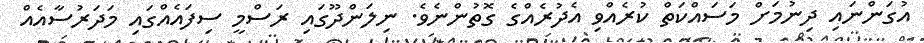
އުގަންނައި ދިނުމަށް މަސައްކަތް ކުރެއްވި އެދުރެއްގެ ގޮތުންނެވެ. ނިލަންދޫގައި ރަސްމީ ސިފައެއްގައި މަދަރުސާއެއް